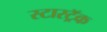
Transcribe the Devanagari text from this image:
स्टारट्रॅक